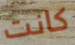
كانت